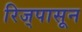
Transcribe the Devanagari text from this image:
रिज्‌पासून